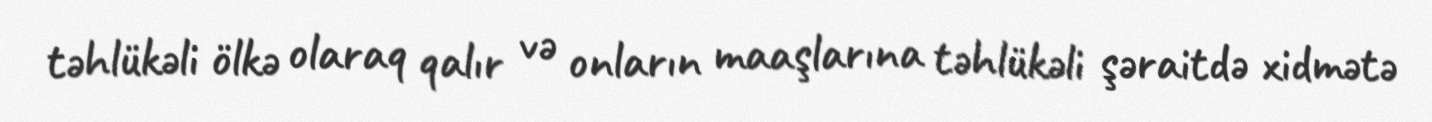
təhlükəli ölkə olaraq qalır və onların maaşlarına təhlükəli şəraitdə xidmətə